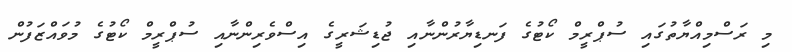
މި ރަސްމިއްޔާތުގައި ސުޕްރީމް ކޯޓުގެ ފަނޑިޔާރުންނާއި ޖުޑިޝަރީގެ އިސްވެރިންނާއި ސުޕްރީމް ކޯޓުގެ މުވައްޒަފުން